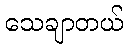
သေချာတယ်